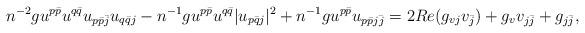
LaTeX: \begin{align*}n^{-2}g u^{p\bar p} u^{q\bar q}u_{p\bar p \bar j} u_{q\bar q j} - n^{-1} g u^{p\bar p} u^{q\bar q} |u_{p\bar q j}|^2 + n^{-1}g u^{p\bar p}u_{p \bar p j \bar j} =2 Re( g_{vj} v_{\bar j}) + g_v v_{j\bar j} +g_{j\bar j},\end{align*}